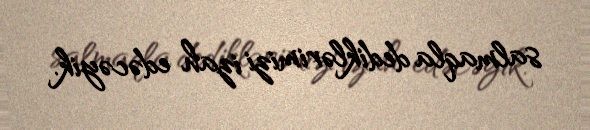
salmaqla dediklərimizi izah edəcəyik.